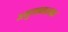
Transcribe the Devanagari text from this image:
अनुमानात्मक